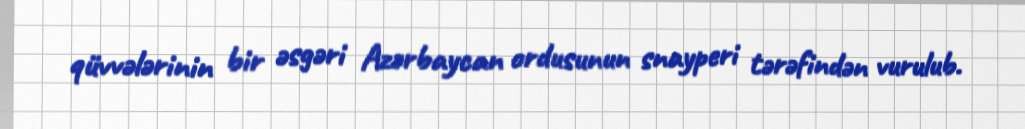
qüvvələrinin bir əsgəri Azərbaycan ordusunun snayperi tərəfindən vurulub.